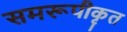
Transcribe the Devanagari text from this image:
समरूपीकृत